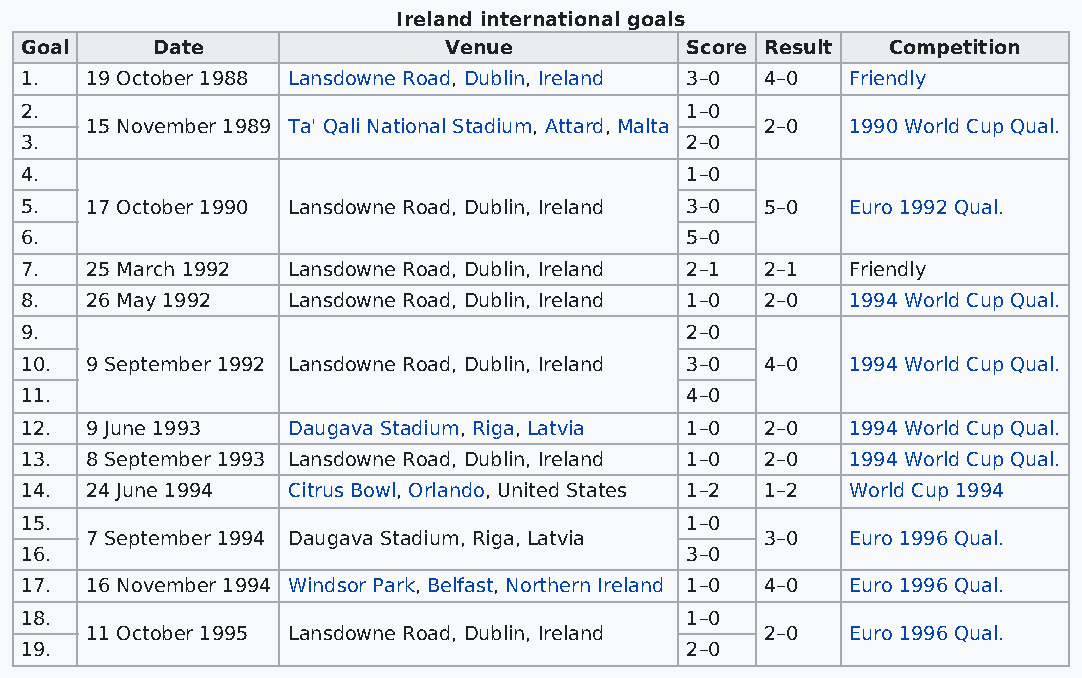
Ireland international goals
 Goal     Date               Venue           Score Result  Competition
 1.   19 October 1988 Lansdowne Road, Dublin, Ireland 3–0 4–0 Friendly
 2.                                          1–0
 15 November 1989 Ta' Qali National Stadium, Attard, Malta 2–0 1990 World Cup Qual.
 3.                                          2–0
 4.                                          1–0
 5.   17 October 1990 Lansdowne Road, Dublin, Ireland 3–0 5–0 Euro 1992 Qual.
 6.                                          5–0
 7.   25 March 1992 Lansdowne Road, Dublin, Ireland 2–1 2–1 Friendly
 8.   26 May 1992  Lansdowne Road, Dublin, Ireland 1–0 2–0 1994 World Cup Qual.
 9.                                          2–0
 10.  9 September 1992 Lansdowne Road, Dublin, Ireland 3–0 4–0 1994 World Cup Qual.
 11.                                         4–0
 12.  9 June 1993  Daugava Stadium, Riga, Latvia 1–0 2–0 1994 World Cup Qual.
 13.  8 September 1993 Lansdowne Road, Dublin, Ireland 1–0 2–0 1994 World Cup Qual.
 14.  24 June 1994 Citrus Bowl, Orlando, United States 1–2 1–2 World Cup 1994
 15.                                         1–0
 7 September 1994 Daugava Stadium, Riga, Latvia 3–0 Euro 1996 Qual.
 16.                                         3–0
 17.  16 November 1994 Windsor Park, Belfast, Northern Ireland 1–0 4–0 Euro 1996 Qual.
 18.                                         1–0
 11 October 1995 Lansdowne Road, Dublin, Ireland 2–0 Euro 1996 Qual.
 19.                                         2–0